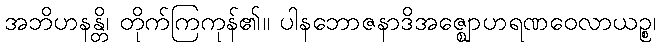
အဘိဟနန္တိ၊ တိုက်ကြကုန်၏။ ပါနဘောဇနာဒိအဇ္ဈောဟရဏဝေလာယဉ္စ၊